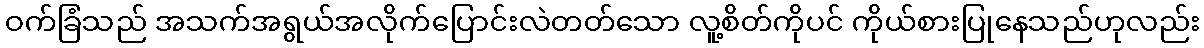
ဝက်ခြံသည် အသက်အရွယ်အလိုက်ပြောင်းလဲတတ်သော လူ့စိတ်ကိုပင် ကိုယ်စားပြုနေသည်ဟုလည်း